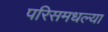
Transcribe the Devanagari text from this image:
परिसमधल्या